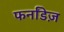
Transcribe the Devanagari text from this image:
फर्नांडेज़